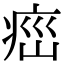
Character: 𤶆